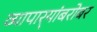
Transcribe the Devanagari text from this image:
व्यापार्‍यांबरोबर